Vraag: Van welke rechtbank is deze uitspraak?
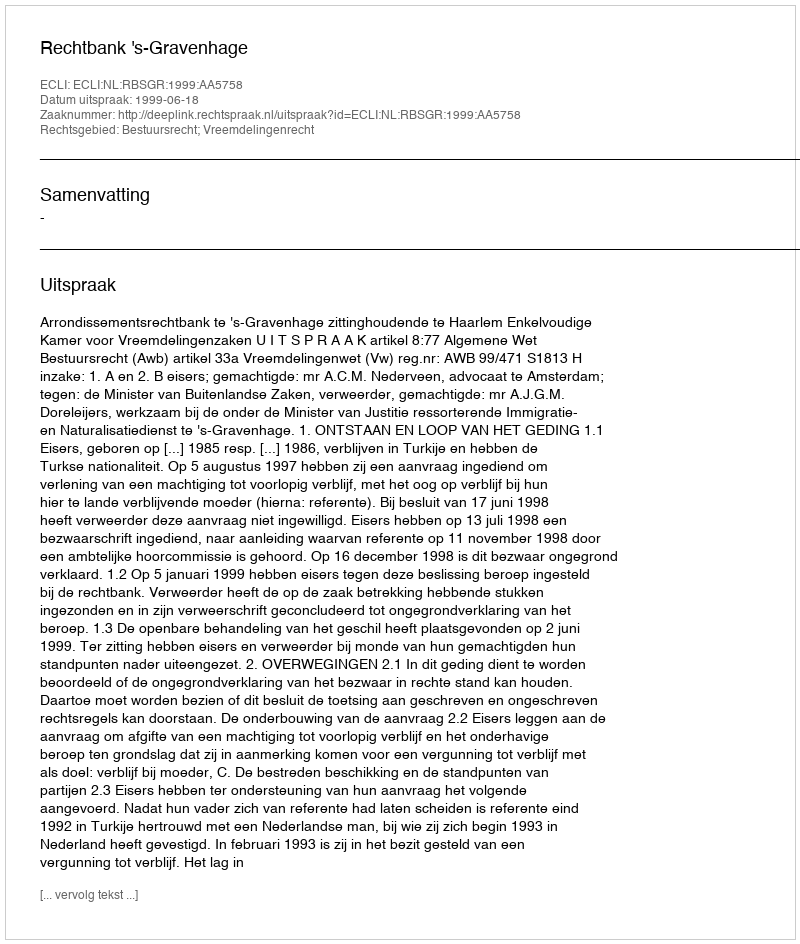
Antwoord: Rechtbank 's-Gravenhage